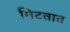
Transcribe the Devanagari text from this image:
मिटतात